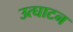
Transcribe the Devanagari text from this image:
उत्घाटन